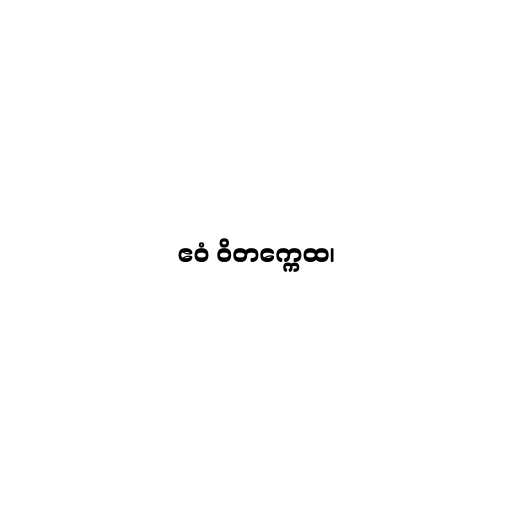
ဧဝံ ဝိတက္ကေထ၊